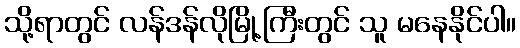
သို့ရာတွင် လန်ဒန်လိုမြို့ကြီးတွင် သူ မနေနိုင်ပါ။